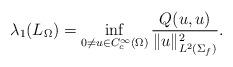
LaTeX: \begin{align*}\lambda_1(L_\Omega)=\inf_{0\neq u\in C^{\infty}_c(\Omega)}\frac{Q(u,u)}{\|u\|^2_{L^2(\Sigma_f)}}.\end{align*}